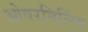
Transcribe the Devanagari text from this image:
ओवरबिलिंग